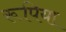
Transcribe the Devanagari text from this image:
रूपिया